Black-water fever - Number 35
Disease focus: Fever
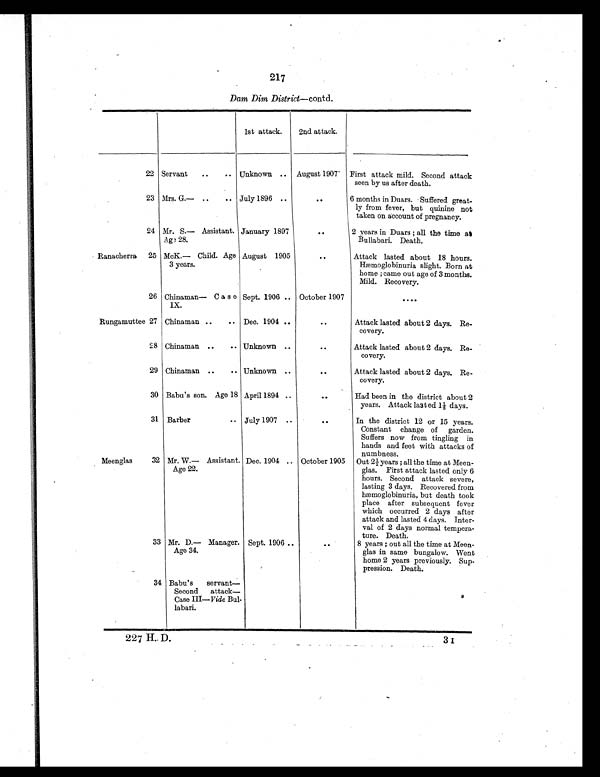
217
Dam Dim District—contd.
1st attack.
2nd attack.
22 Servant ..
.. Unknown .. August 1907 First attack mild. Second attack
seen by us after death.
23 Mrs. G.— ..
.. July 1896 ..
. .
6 months in Duars. Suffered great-
ly from fever, but quinine not
taken on account of pregnancy.
24 Mr. S.— Assistant.
Age 28.
January 1897
. .
2 years in Duars ; all the time at
Bullabari. Death.
Ranacherra 25 McK.— Child. Age
3 years.
August 1905
..
Attack lasted about 18 hours.
Hæmoglobinuria slight. Born at
home ; came out age of 3 months.
Mild. Recovery.
26 Chinaman— Case
IX.
Sept. 1906 .. October 1907
. . . .
Rungamuttee 27 Chinaman ..
. . Dec. 1904 ..
. .
Attack lasted about 2 days. Re-
covery.
28 Chinaman ..
. . Unknown ..
. .
Attack lasted about 2 days. Re-
covery.
29 Chinaman ..
. . Unknown ..
. .
Attack lasted about 2 days. Re-
covery.
30 Babu's son. Age 18 April 1894 ..
. .
Had been in the district about 2
years. Attack lasted 1½ days.
31 Barber
.. July 1907 ..
. .
In the district 12 or 15 years.
Constant change of garden.
Suffers now from tingling in
hands and feet with attacks of
numbness.
Meenglas 32 Mr. W.— Assistant.
Age 22.
Dec. 1904 .. October 1905 Out 2½ years ; all the time at Meen-
glas. First attack lasted only 6
hours. Second attack severe,
lasting 3 days. Recovered from
hæmoglobinuria, but death took
place after subsequent fever
which occurred 2 days after
attack and lasted 4 days. Inter-
val of 2 days normal tempera-
ture. Death.
33 Mr. D.— Manager.
Age 34.
Sept. 1906 ..
. .
8 years ; out all the time at Meen-
glas in same bungalow. Went
home 2 years previously. Sup-
pression. Death.
34 Babu's servant —
Second attack—
Case III— Vide Bul-
labari.
227 H. D.
3
I